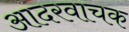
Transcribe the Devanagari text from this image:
आदरवाचक